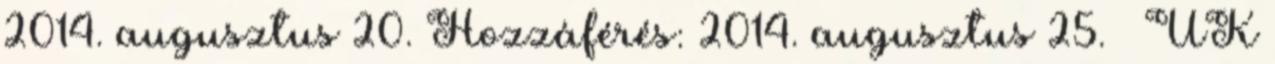
2014. augusztus 20. Hozzáférés: 2014. augusztus 25. ↑ UK